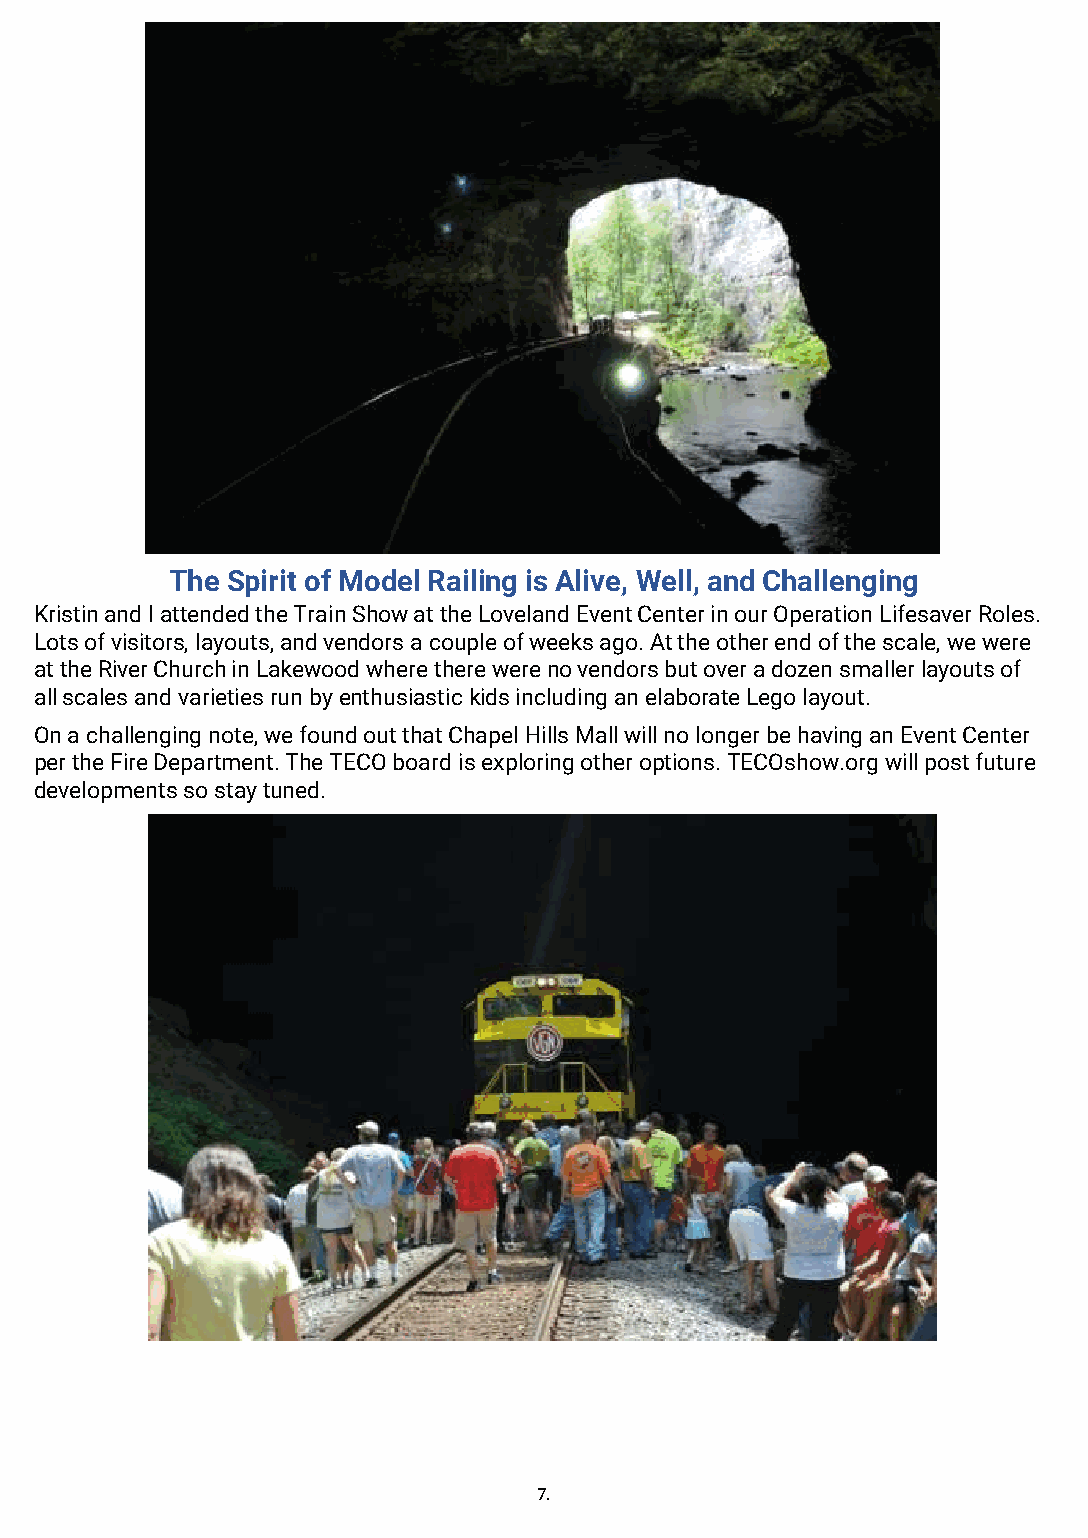
The Spirit of Model Railing is Alive, Well, and Challenging
 Kristin and I attended the Train Show at the Loveland Event Center in our Operation Lifesaver Roles.
 Lots of visitors, layouts, and vendors a couple of weeks ago. At the other end of the scale, we were
 at the River Church in Lakewood where there were no vendors but over a dozen smaller layouts of
 all scales and varieties run by enthusiastic kids including an elaborate Lego layout.
 On a challenging note, we found out that Chapel Hills Mall will no longer be having an Event Center
 per the Fire Department. The TECO board is exploring other options. TECOshow.org will post future
 developments so stay tuned.
 7.